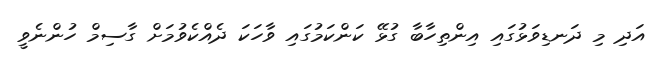
އަދި މި ދަނޑިވަޅުގައި އިންތިހާބާ ގުޅޭ ކަންކަމުގައި ވާހަކަ ދެއްކެވުމަށް ގާސިމް ހުންނެވީ